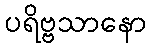
ပရိဗ္ဗသာနော